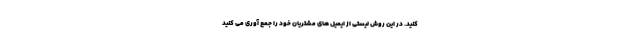
کنید. در این روش لیستی از ایمیل های مشتریان خود را جمع آوری می کنید